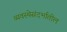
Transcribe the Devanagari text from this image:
व्यवस्थेसंदर्भातील